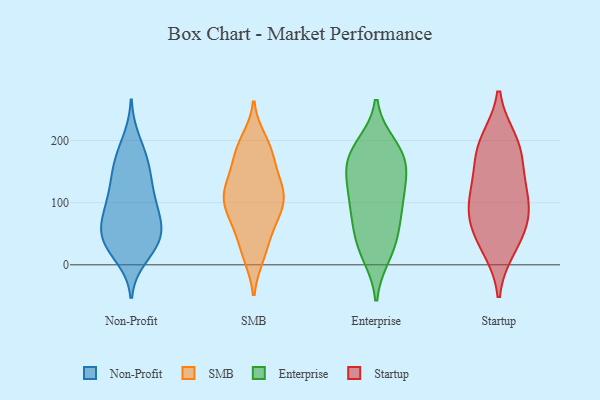
{"axis": {"x": "Population (Million)", "y": "Value"}, "legend": ["Enterprise", "Non-Profit", "SMB", "Startup"], "data": [{"x": "", "y": 200, "type": "Non-Profit"}, {"x": "", "y": 33, "type": "Non-Profit"}, {"x": "", "y": 92, "type": "Non-Profit"}, {"x": "", "y": 158, "type": "Non-Profit"}, {"x": "", "y": 32, "type": "Non-Profit"}, {"x": "", "y": 66, "type": "Non-Profit"}, {"x": "", "y": 55, "type": "Non-Profit"}, {"x": "", "y": 142, "type": "Non-Profit"}, {"x": "", "y": 30, "type": "Non-Profit"}, {"x": "", "y": 37, "type": "Non-Profit"}, {"x": "", "y": 13, "type": "Non-Profit"}, {"x": "", "y": 115, "type": "Non-Profit"}, {"x": "", "y": 177, "type": "Non-Profit"}, {"x": "", "y": 163, "type": "Non-Profit"}, {"x": "", "y": 99, "type": "Non-Profit"}, {"x": "", "y": 124, "type": "Non-Profit"}, {"x": "", "y": 86, "type": "Non-Profit"}, {"x": "", "y": 56, "type": "Non-Profit"}, {"x": "", "y": 64, "type": "Non-Profit"}, {"x": "", "y": 133, "type": "SMB"}, {"x": "", "y": 15, "type": "SMB"}, {"x": "", "y": 18, "type": "SMB"}, {"x": "", "y": 89, "type": "SMB"}, {"x": "", "y": 107, "type": "SMB"}, {"x": "", "y": 182, "type": "SMB"}, {"x": "", "y": 96, "type": "SMB"}, {"x": "", "y": 134, "type": "SMB"}, {"x": "", "y": 63, "type": "SMB"}, {"x": "", "y": 80, "type": "SMB"}, {"x": "", "y": 114, "type": "SMB"}, {"x": "", "y": 108, "type": "SMB"}, {"x": "", "y": 177, "type": "SMB"}, {"x": "", "y": 137, "type": "SMB"}, {"x": "", "y": 49, "type": "SMB"}, {"x": "", "y": 185, "type": "SMB"}, {"x": "", "y": 199, "type": "SMB"}, {"x": "", "y": 115, "type": "Enterprise"}, {"x": "", "y": 97, "type": "Enterprise"}, {"x": "", "y": 74, "type": "Enterprise"}, {"x": "", "y": 118, "type": "Enterprise"}, {"x": "", "y": 75, "type": "Enterprise"}, {"x": "", "y": 17, "type": "Enterprise"}, {"x": "", "y": 175, "type": "Enterprise"}, {"x": "", "y": 191, "type": "Enterprise"}, {"x": "", "y": 35, "type": "Enterprise"}, {"x": "", "y": 150, "type": "Enterprise"}, {"x": "", "y": 178, "type": "Enterprise"}, {"x": "", "y": 175, "type": "Enterprise"}, {"x": "", "y": 148, "type": "Enterprise"}, {"x": "", "y": 31, "type": "Enterprise"}, {"x": "", "y": 179, "type": "Startup"}, {"x": "", "y": 75, "type": "Startup"}, {"x": "", "y": 43, "type": "Startup"}, {"x": "", "y": 189, "type": "Startup"}, {"x": "", "y": 105, "type": "Startup"}, {"x": "", "y": 136, "type": "Startup"}, {"x": "", "y": 76, "type": "Startup"}, {"x": "", "y": 198, "type": "Startup"}, {"x": "", "y": 29, "type": "Startup"}, {"x": "", "y": 110, "type": "Startup"}]}